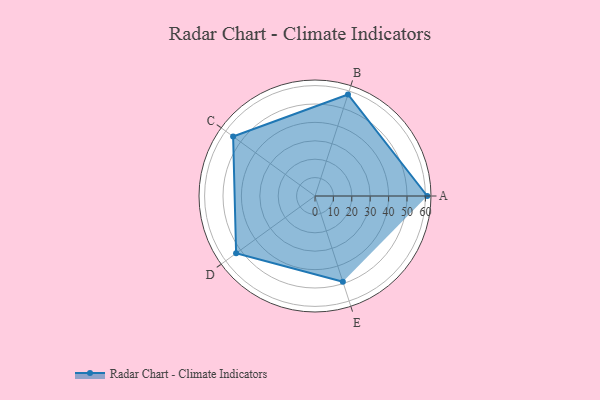
{"axis": {"x": "Skill", "y": "Score"}, "legend": ["Profile"], "data": [{"x": "A", "y": 61.0, "type": "Profile"}, {"x": "B", "y": 58.0, "type": "Profile"}, {"x": "C", "y": 55.0, "type": "Profile"}, {"x": "D", "y": 53.0, "type": "Profile"}, {"x": "E", "y": 49.0, "type": "Profile"}]}